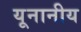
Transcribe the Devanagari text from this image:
यूनानीय